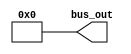
module constant_value_generator #(parameter W=32,D=32'h0000)(bus_out);
	output [(W-1):0] bus_out;
	assign bus_out = D;
endmodule